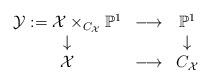
LaTeX: \begin{align*}\begin{array}{ccc} \mathcal{Y}:=\mathcal{X} \times_{C_\mathcal{X}} \mathbb{P}^1 & \longrightarrow & \mathbb{P}^1 \\ \downarrow && \downarrow\\ \mathcal{X} & \longrightarrow & C_\mathcal{X}\end{array}\end{align*}